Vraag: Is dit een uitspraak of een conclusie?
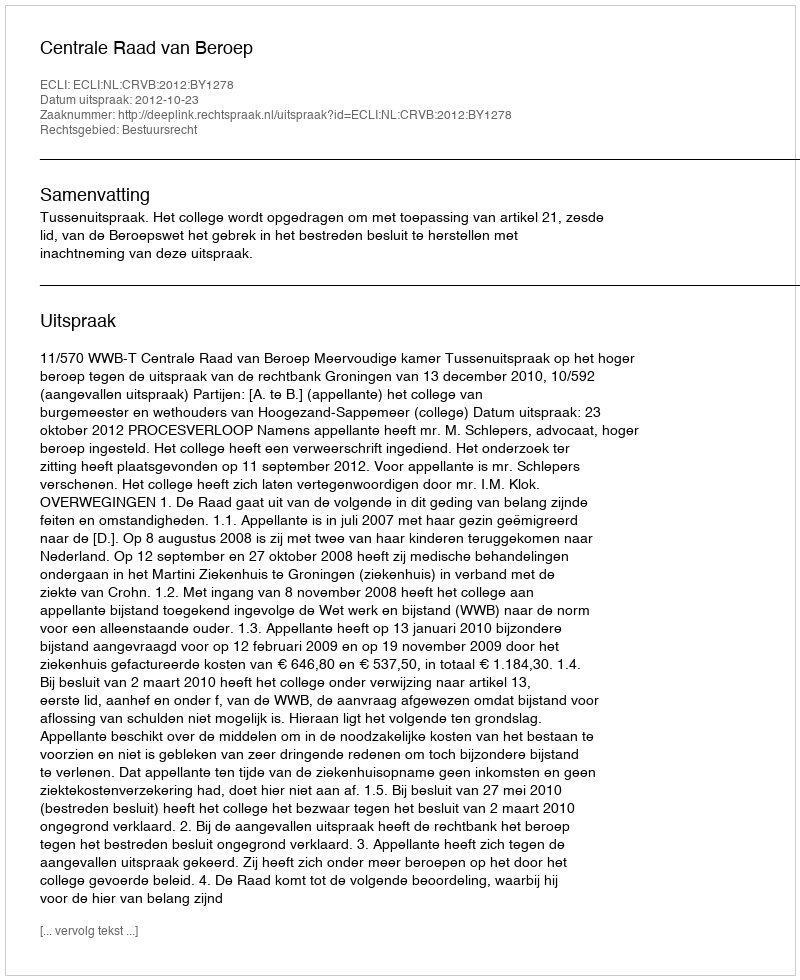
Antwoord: Uitspraak